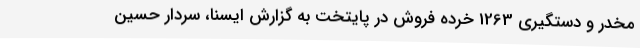
مخدر و دستگیری 1263 خرده فروش در پایتخت به گزارش ایسنا، سردار حسین